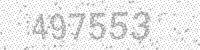
Solution: 497553